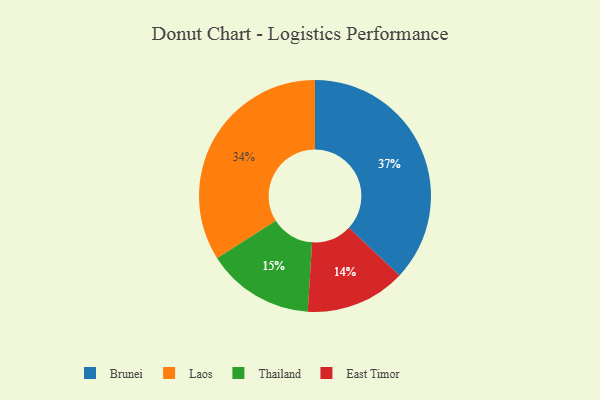
{"axis": {"x": "Category", "y": "Percentage"}, "legend": ["Brunei", "East Timor", "Laos", "Thailand"], "data": [{"x": "East Timor", "y": 14, "type": "East Timor"}, {"x": "Brunei", "y": 37, "type": "Brunei"}, {"x": "Thailand", "y": 15, "type": "Thailand"}, {"x": "Laos", "y": 34, "type": "Laos"}]}